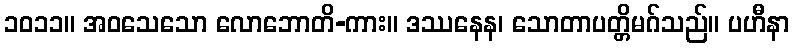
၁၀၁၁။ အဝသေသော လောဘောတိ-ကား။ ဒဿနေန၊ သောတာပတ္တိမဂ်သည်။ ပဟီနာ